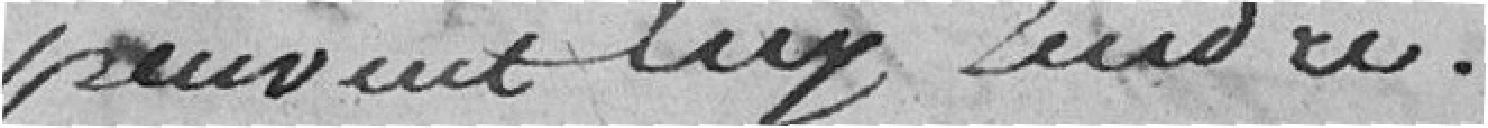
pouvant luy rendre.